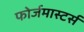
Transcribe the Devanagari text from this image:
फोर्जमास्टर्स